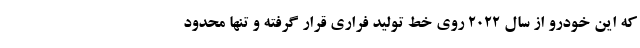
که این خودرو از سال 2022 روی خط تولید فراری قرار گرفته و تنها محدود